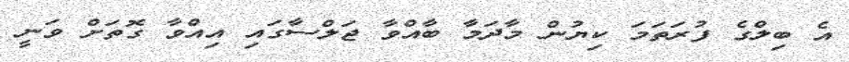
އެ ބިލްގެ ފުރަތަމަ ކިޔުން މާދަމާ ބާއްވާ ޖަލްސާގައި އިއްވާ ގޮތަށް ވަނީ